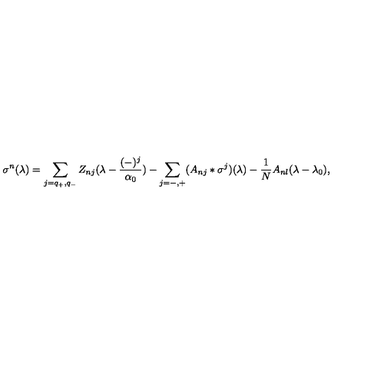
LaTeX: \sigma ^ { n } ( \lambda ) = \sum _ { j = q _ { + } , q _ { - } } Z _ { n j } ( \lambda - { \frac { ( - ) ^ { j } } { \alpha _ { 0 } } } ) - \sum _ { j = - , + } ( A _ { n j } * \sigma ^ { j } ) ( \lambda ) - { \frac { 1 } { N } } A _ { n l } ( \lambda - \lambda _ { 0 } ) ,